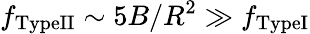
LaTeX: f_{\mathrm{TypeII}}\sim 5B/R^{2}\gg f_{\mathrm{TypeI}}